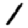
Digit: 1